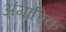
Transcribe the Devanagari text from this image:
अंगारिक